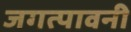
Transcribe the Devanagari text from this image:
जगत्पावनी